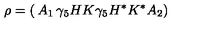
\rho = \left( \begin{matrix} { A _ { 1 } } & { \gamma _ { 5 } H K } \\ { \gamma _ { 5 } H ^ { * } K ^ { * } } & { A _ { 2 } } \\ \end{matrix} \right)